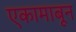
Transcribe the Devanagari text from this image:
एकामाबून